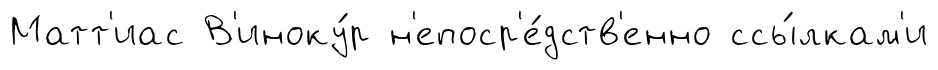
Матт'иас В'иноку́р н'епоср'е́дств'енно ссы́лкам'и